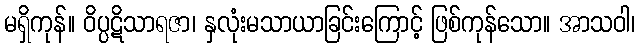
မရှိကုန်။ ဝိပ္ပဋိသာရဇာ၊ နှလုံးမသာယာခြင်းကြောင့် ဖြစ်ကုန်သော။ အာသဝါ၊